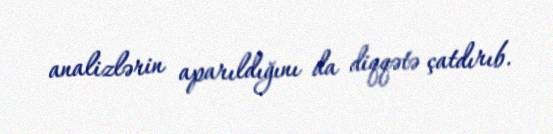
analizlərin aparıldığını da diqqətə çatdırıb.